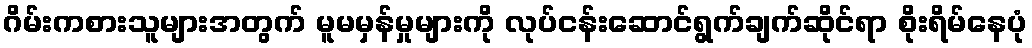
ဂိမ်းကစားသူများအတွက် မူမမှန်မှုများကို လုပ်ငန်းဆောင်ရွက်ချက်ဆိုင်ရာ စိုးရိမ်နေပုံ